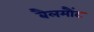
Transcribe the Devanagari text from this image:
बैलमौंट